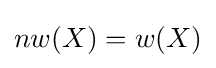
nw(X)=w(X)